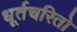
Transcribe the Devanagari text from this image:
धूर्तचरितो